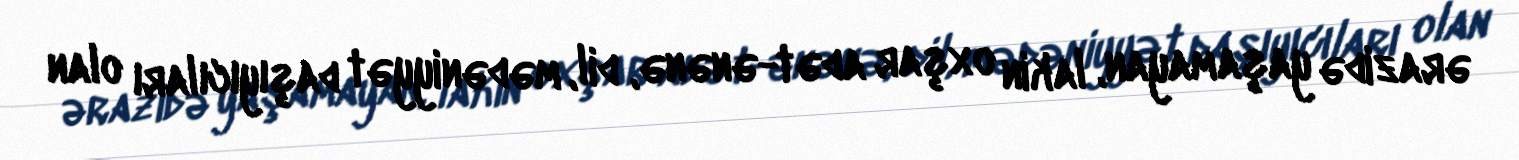
ərazidə yaşamayan, lakin oxşar adət-ənənə, dil, mədəniyyət daşıyıcıları olan